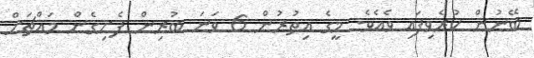
ބޭނުން ކުރެވިފައި ވެއެވެ. މީގެ އިތުރުން 6 ވަނަ ބުރިން ފެށިގެން މައްޗަށް